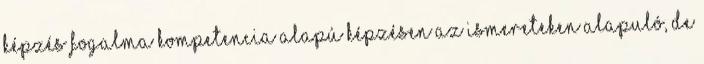
képzés fogalma Kompetencia alapú képzésen az ismereteken alapuló, de